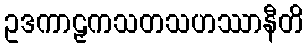
ဥဒကာဠှကသတသဟဿာနီတိ